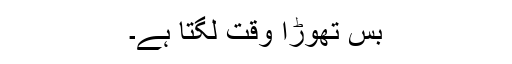
بس تھوڑا وقت لگتا ہے۔